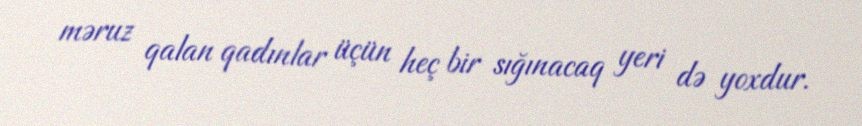
məruz qalan qadınlar üçün heç bir sığınacaq yeri də yoxdur.